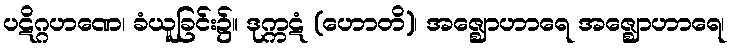
ပဋိဂ္ဂဟဏေ၊ ခံယူခြင်း၌။ ဒုက္ကဋံ (ဟောတိ)၊ အဇ္ဈောဟာရေ အဇ္ဈောဟာရေ၊